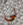
لي